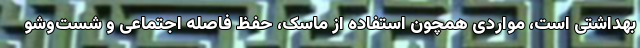
بهداشتی است، مواردی همچون استفاده از ماسک، حفظ فاصله اجتماعی و شست‌وشو